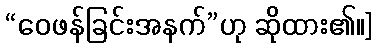
“ဝေဖန်ခြင်းအနက်”ဟု ဆိုထား၏။]